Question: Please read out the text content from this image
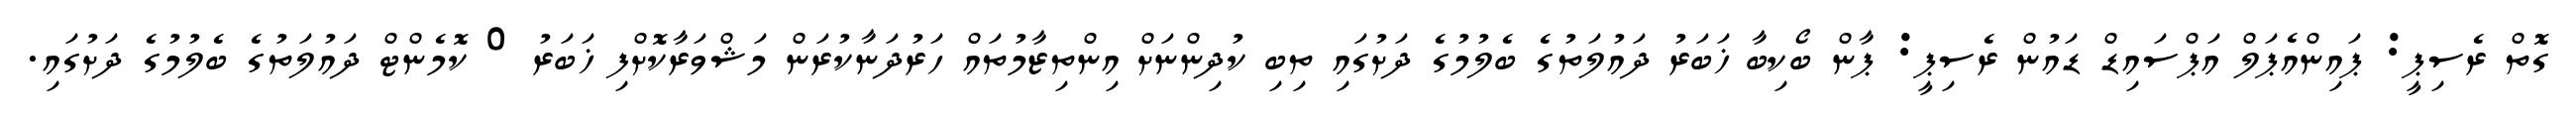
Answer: ގޮތް ރެސިޕީ: ޕައިންއެޕަލް އަޕްސައިޑް ޑައުން ރެސިޕީ: ޕާން ބޯކިބާ ޚަބަރު ދައުލަތުގެ ބެލުމުގެ ދަށުގައި ތިބި ކުދިންނަށް އިންތިޒާމުތައް ހަރުދަނާކުރަން މަޝްވަރާކޮށްފި ޚަބަރު 0 ކޮމެންޓް ދައުލަތުގެ ބެލުމުގެ ދަށުގައި.